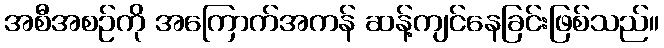
အစီအစဉ်ကို အကြောက်အကန် ဆန့်ကျင်နေခြင်းဖြစ်သည်။